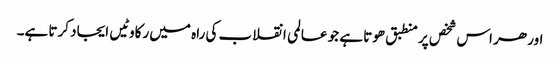
اور ھر اس شخص پر منطبق ھوتا ہے جو عالمی انقلاب کی راہ میں رکاوٹیں ایجاد کرتا ہے۔